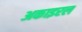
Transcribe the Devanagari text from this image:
अकाइरल